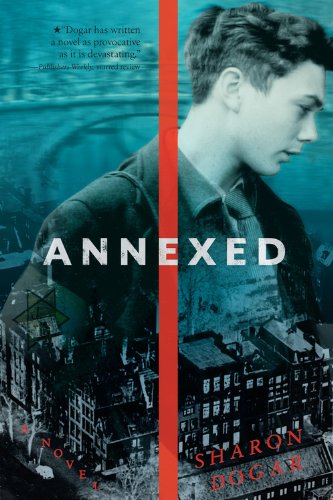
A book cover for Annexed; Sharon Dogar; Teen & Young Adult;